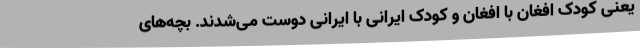
یعنی کودک افغان با افغان و کودک ایرانی با ایرانی دوست می‌شدند. بچه‌های